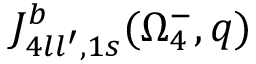
{ \cal J } _ { 4 l l ^ { \prime } , 1 s } ^ { b } ( \Omega _ { 4 } ^ { - } , q )